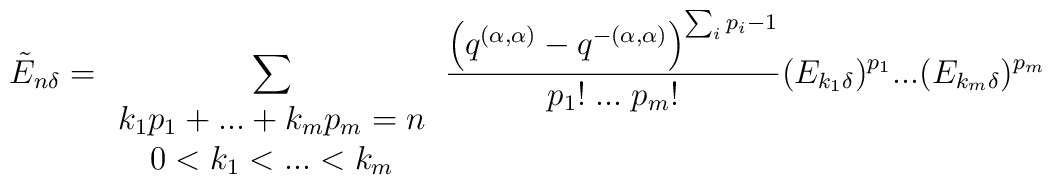
\tilde{E}_{n\delta}=\sum_{\begin{array}{c}k_1p_1+...+k_mp_m=n\\0<k_1<...<k_m\end{array}}\frac{\left ( q^{(\alpha,\alpha)}-q^{-(\alpha,\alpha)}\right )^{\sum_ip_i-1}}{p_1!\;...\;p_m!}(E_{k_1\delta})^{p_1}...(E_{k_m\delta})^{p_m}